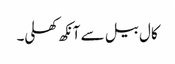
کال بیل سے آنکھ کھلی۔